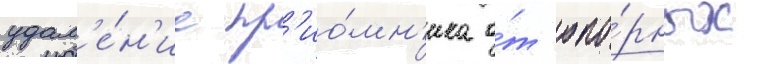
удал'е́н'ие пр'ио́мн'ика о́т опо́рных